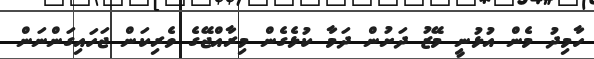
ހާމިދު މެން އުޅުނީ މޭޒު ދަށުން ދަމާ ކުޅެގެން މިރާއްޖޭގެ ވެރިކަން ޖަހައިގަންނަން